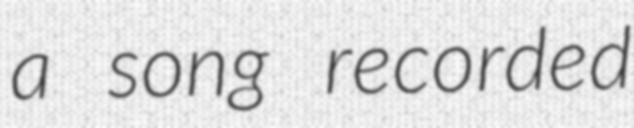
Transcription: a song recorded